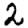
Digit: 2